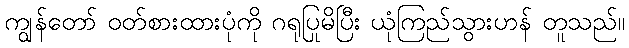
ကျွန်တော် ဝတ်စားထားပုံကို ဂရုပြုမိပြီး ယုံကြည်သွားဟန် တူသည်။